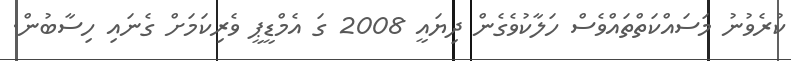
ކުރެވުނު މަސައްކަތްތައްވެސް ހަލާކުވެގެން ދިޔައީ 2008 ގަ އެމްޑީޕީ ވެރިކަމަށް ގެނައި ހިސާބުން.